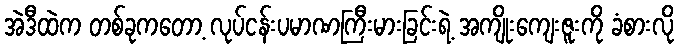
အဲဒီထဲက တစ်ခုကတော့ လုပ်ငန်းပမာဏကြီးမားခြင်းရဲ့ အကျိုးကျေးဇူးကို ခံစားလို